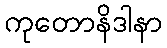
ကုတောနိဒါနာ